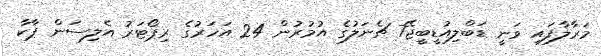
މަރާލާފައި ވަނީ ޑަބްލިއުޑީބީޖޭ7 ޗެނަލުގެ އުމުރުން 24 އަހަރުގެ ރިޕޯޓަރު އެލިސަން ޕާކާ